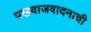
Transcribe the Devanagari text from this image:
पखवाजवादनाची